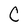
Character: C